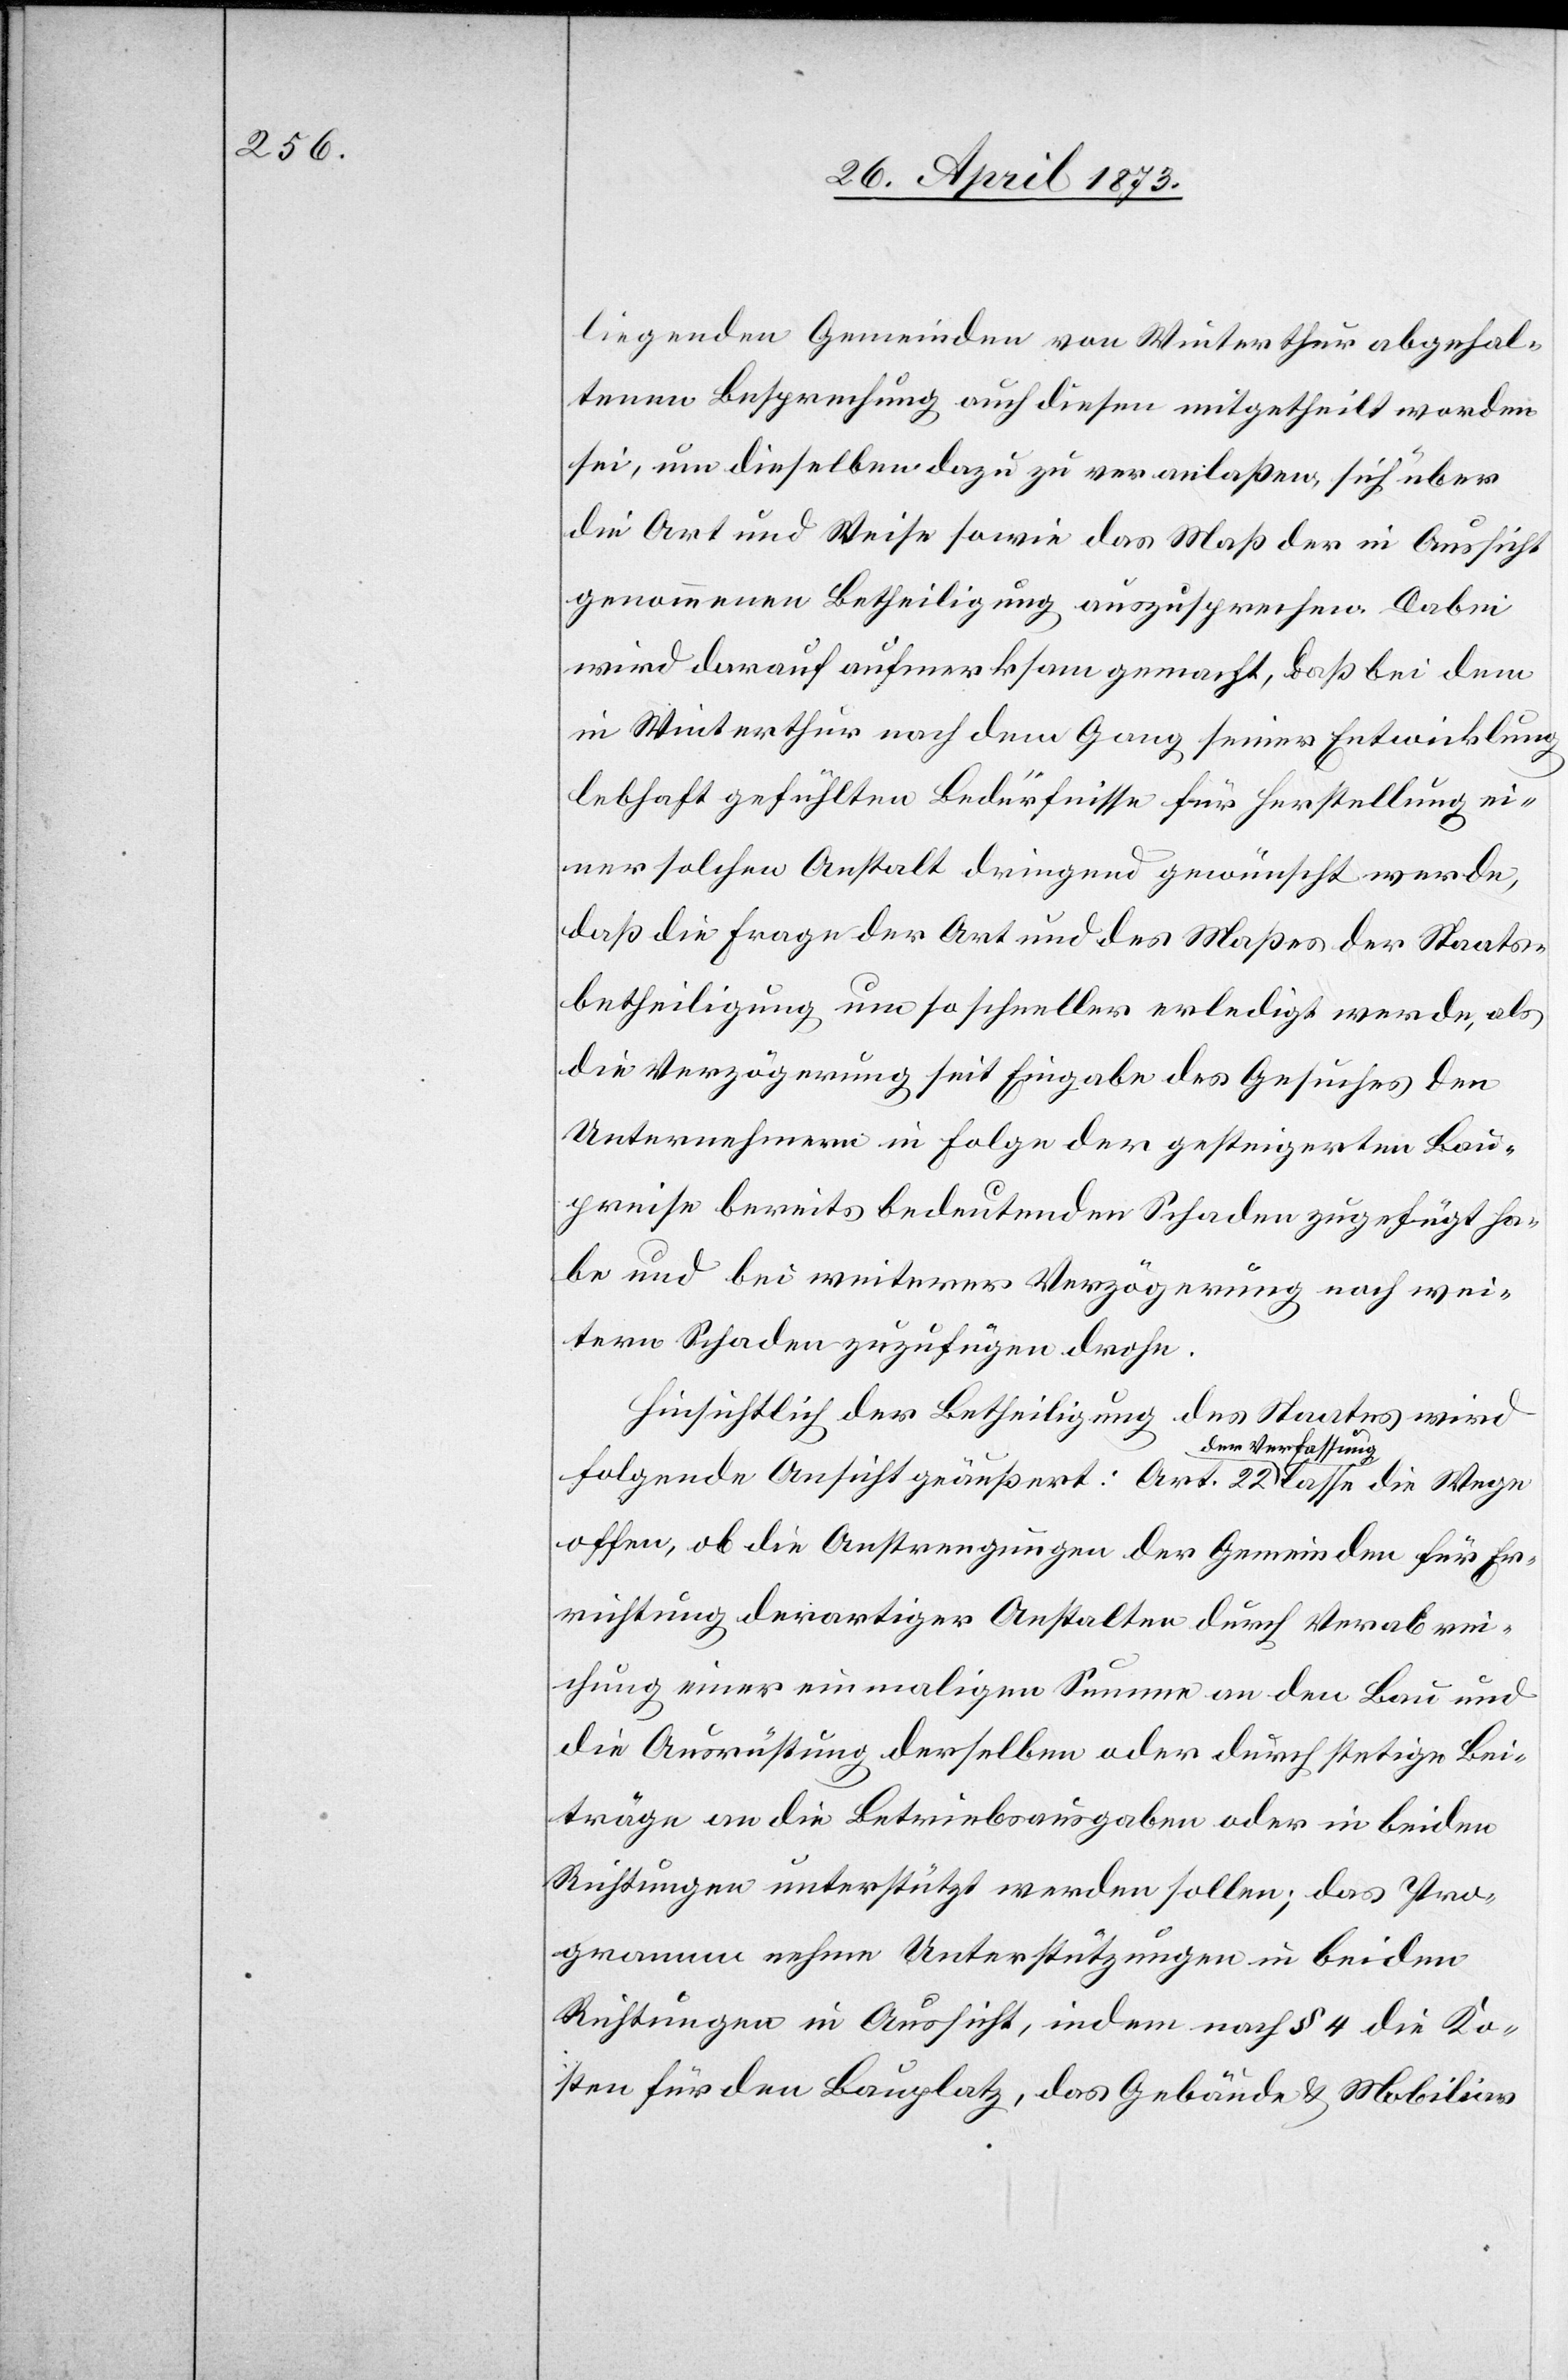
liegenden Gemeinden von Winterthur abgehal¬
tenen Besprechung auch diesen mitgetheilt worden
sei, um dieselben dazu zu veranlaßen, sich über
die Art und Weise sowie das Maß der in Aussicht
genommenen Betheiligung auszusprechen. Dabei
wird darauf aufmerksam gemacht, daß bei dem
in Winterthur nach dem Gang seiner Entwicklung
lebhaft gefühlten Bedürfnisse für Herstellung ei¬
ner solchen Anstalt dringend gewünscht werde,
daß die Frage der Art und des Maßes der Staats¬
betheiligung um so schneller erledigt werde, als
die Verzögerung seit Eingabe des Gesuches den
Unternehmern in Folge der gesteigerten Bau¬
preise bereits bedeutenden Schaden zugefügt ha¬
be und bei weiterer Verzögerung noch wei¬
tern Schaden zuzufügen drohe.
Hinsichtlich der Betheiligung des Staates wird
folgende Ansicht geäußert: Art. 22 der Verfassung
offen, ob die Anstrengungen der Gemeinden für Er¬
richtung derartiger Anstalten durch Verabre¬
ichung einer einmaligen Summe an den Bau und
die Ausrüstung derselben oder durch stetige Bei¬
träge an die Betriebsausgaben oder in beiden
Richtungen unterstützt werden sollen; das Pro¬
gramm nehme Unterstützungen in beiden
Richtungen in Aussicht, indem nach § 4 die Ko¬
sten für den Bauplatz, das Gebäude & Mobiliar